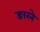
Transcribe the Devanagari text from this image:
ङारने